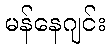
မန်နေဂျင်း